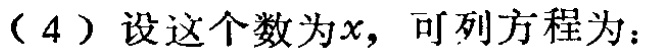
（4）设这个数为\(x\)，可列方程为：